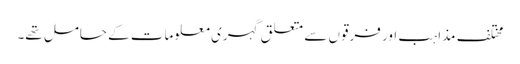
مختلف مذاہب اور فرقوں سے متعلق گہری معلومات کے حامل تھے۔